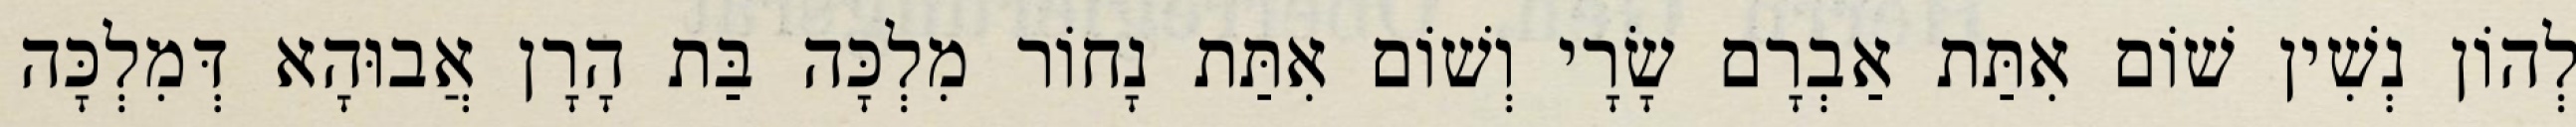
לְהוֹן נְשִׁין שׁוֹם אִתַּת אַבְרָם שָׂרָי וְשׁוֹם אִתַּת נָחוֹר מִלְכָּה בַּת הָרָן אֲבוּהָא דְּמִלְכָּה